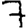
Digit: 7